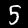
Label: 5